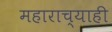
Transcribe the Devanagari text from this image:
महाराच्याही